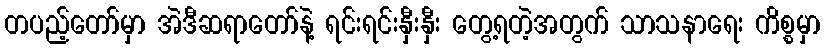
တပည့်တော်မှာ အဲဒီဆရာတော်နဲ့ ရင်းရင်းနှီးနှီး တွေ့ရတဲ့အတွက် သာသနာရေး ကိစ္စမှာ